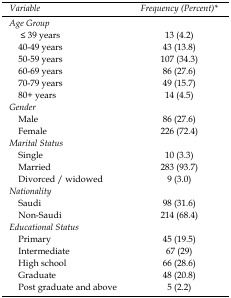
<table><thead><tr><td><b>Variable</b></td><td><b>Frequency (Percent)*</b></td></tr></thead><tbody><tr><td><i>Age Group</i></td><td></td></tr><tr><td> ≤ 39 years</td><td>13 (4.2)</td></tr><tr><td> 40-49 years</td><td>43 (13.8)</td></tr><tr><td> 50-59 years</td><td>107 (34.3)</td></tr><tr><td> 60-69 years</td><td>86 (27.6)</td></tr><tr><td> 70-79 years</td><td>49 (15.7)</td></tr><tr><td> 80+ years</td><td>14 (4.5)</td></tr><tr><td><i>Gender</i></td><td></td></tr><tr><td> Male</td><td>86 (27.6)</td></tr><tr><td> Female</td><td>226 (72.4)</td></tr><tr><td><i>Marital Status</i></td><td></td></tr><tr><td> Single</td><td>10 (3.3)</td></tr><tr><td> Married</td><td>283 (93.7)</td></tr><tr><td> Divorced / widowed</td><td>9 (3.0)</td></tr><tr><td><i>Nationality</i></td><td></td></tr><tr><td> Saudi</td><td>98 (31.6)</td></tr><tr><td> Non-Saudi</td><td>214 (68.4)</td></tr><tr><td><i>Educational Status</i></td><td></td></tr><tr><td> Primary</td><td>45 (19.5)</td></tr><tr><td> Intermediate</td><td>67 (29)</td></tr><tr><td> High school</td><td>66 (28.6)</td></tr><tr><td> Graduate</td><td>48 (20.8)</td></tr><tr><td> Post graduate and above</td><td>5 (2.2)</td></tr></tbody></table>